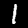
Digit: 1